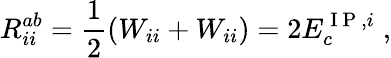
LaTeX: R_{ii}^{ab}=\frac{1}{2}(W_{ii}+W_{ii})=2E_{c}^{\mathrm{~I~P~},i}\; ,